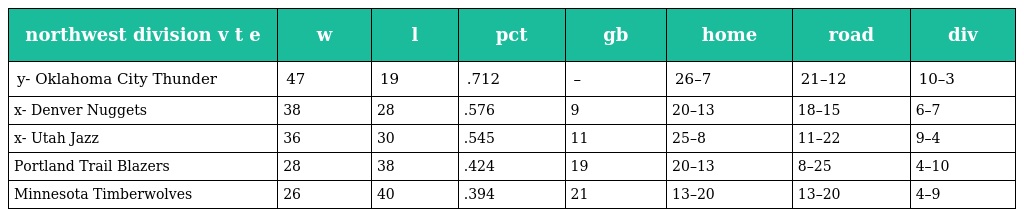
| northwest division v t e | w | l | pct | gb | home | road | div |
 | --- | --- | --- | --- | --- | --- | --- | --- |
 | y- Oklahoma City Thunder | 47 | 19 | .712 | – | 26–7 | 21–12 | 10–3 |
 | x- Denver Nuggets | 38 | 28 | .576 | 9 | 20–13 | 18–15 | 6–7 |
 | x- Utah Jazz | 36 | 30 | .545 | 11 | 25–8 | 11–22 | 9–4 |
 | Portland Trail Blazers | 28 | 38 | .424 | 19 | 20–13 | 8–25 | 4–10 |
 | Minnesota Timberwolves | 26 | 40 | .394 | 21 | 13–20 | 13–20 | 4–9 |